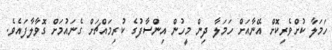
ހަމަލާ ކުށްވެރިކޮށް އޭނާއަށް ހަމަލާ ދިން މީހުން އިންސާފުގެ ކުރިމައްޗަށް ގެނައުމަށް ގޮވާލާފައެވެ.